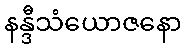
နန္ဒီသံယောဇနော